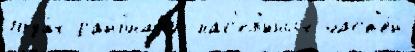
года́х райо́нам'и нас'ел'́нных част'е́й